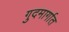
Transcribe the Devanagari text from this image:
गुदमार्गात